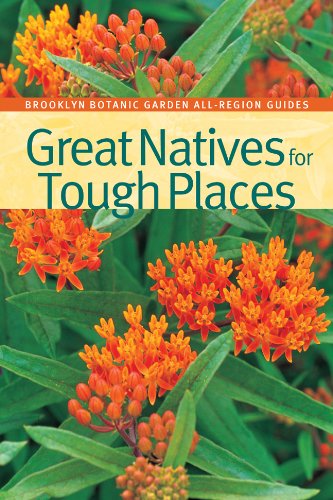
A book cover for Great Natives for Tough Places (Brooklyn Botanic Garden All-Region Guide); Crafts, Hobbies & Home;